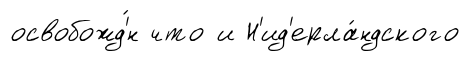
освобожд'́н что и Н'ид'ерла́ндского